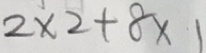
2 \times 2 + 8 \times 1